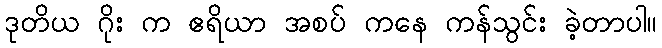
ဒုတိယ ဂိုး က ဧရိယာ အစပ် ကနေ ကန်သွင်း ခဲ့တာပါ။